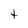
Character: t